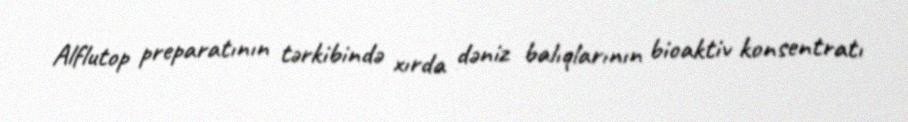
Alflutop preparatının tərkibində xırda dəniz balıqlarının bioaktiv konsentratı